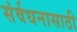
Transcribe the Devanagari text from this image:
संर्वधनासाठी